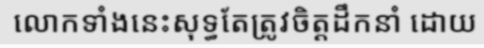
លោកទាំងនេះសុទ្ធតែត្រូវចិត្តដឹកនាំ ដោយ